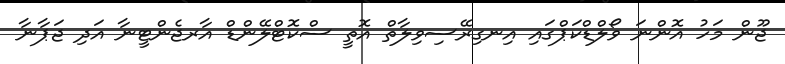
ޖޫން މަހު އޮންނަ ވޯލްޑްކަޕްގައި އިނގިރޭސިވިލާތް އޮތީ ސްކޮޓްލޭންޑް އާރޖެންޓީނާ އަދި ޖަޕާނާ